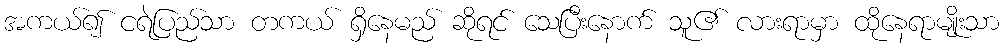
အကယ်၍ ငရဲပြည်သာ တကယ် ရှိနေမည် ဆိုရင် သေပြီးနောက် သူ၏ လားရာမှာ ထိုနေရာမျိုးသာ